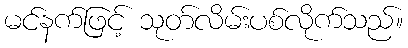
မင်နက်ဖြင့် သုတ်လိမ်းပစ်လိုက်သည်။